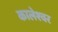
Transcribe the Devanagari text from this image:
कालेश्‍वर